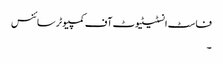
فاسٹ انسٹیٹیوٹ آف کمپیوٹر سائنس
۔